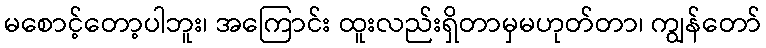
မစောင့်တော့ပါဘူး၊ အကြောင်း ထူးလည်းရှိတာမှမဟုတ်တာ၊ ကျွန်တော်